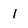
Character: I